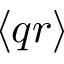
\langle q r \rangle